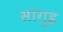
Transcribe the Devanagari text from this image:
सांगुइ